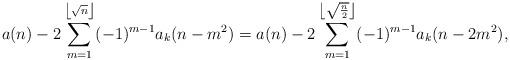
LaTeX: \begin{align*}a(n) - 2\sum_{m= 1}^{\left\lfloor \sqrt{n}\right\rfloor} (-1)^{m-1} a_k(n-m^2) = a(n) - 2\sum_{m= 1}^{\left\lfloor \sqrt{\frac{n}{2}}\right\rfloor} (-1)^{m-1} a_k(n-2m^2),\end{align*}